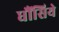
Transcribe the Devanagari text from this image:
धौंसिये